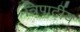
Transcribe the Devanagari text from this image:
त्रिपार्टीय